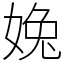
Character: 婏